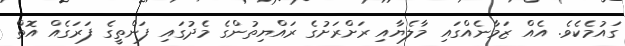
ގައުމެކެވެ. އެއް ޒަމާނެއްގައި މާލެޔާއި ރަށްރަށުގެ ރައްޔިތުންގެ މެދުގައި ފަންތީގެ ފަރަގެއް އޮތް